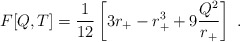
\begin{align*}F[Q,T]={1\over 12} \left[ 3 r_+ -r_+^3 + 9{Q^2\over r_+}\right]\ .\end{align*}